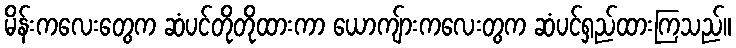
မိန်းကလေးတွေက ဆံပင်တိုတိုထားကာ ယောကျ်ားကလေးတွက ဆံပင်ရှည်ထားကြသည်။